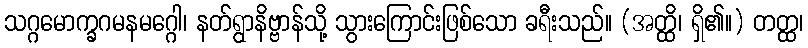
သဂ္ဂမောက္ခဂမနမဂ္ဂေါ၊ နတ်ရွာနိဗ္ဗာန်သို့ သွားကြောင်းဖြစ်သော ခရီးသည်။ (အတ္ထိ၊ ရှိ၏။) တတ္ထ၊